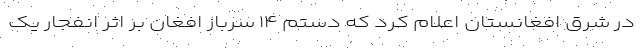
در شرق افغانستان اعلام کرد که دستم ۱۴ سرباز افغان بر اثر انفجار یک